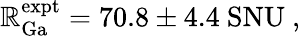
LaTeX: \mathbb{R}_{\mathrm{{Ga}}}^{\mathrm{{expt}}}=70.8\pm4.4\mathrm{{\ SNU}}\ ,